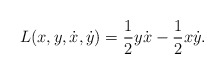
\begin{align*}L(x,y,\dot x,\dot y)=\frac{1}{2} y \dot x - \frac{1}{2} x \dot y.\end{align*}